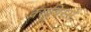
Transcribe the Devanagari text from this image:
क्यूबिस्मे